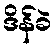
ဒိန်ခဲ